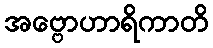
အဗ္ဗောဟာရိကာတိ